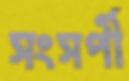
সংসর্পী